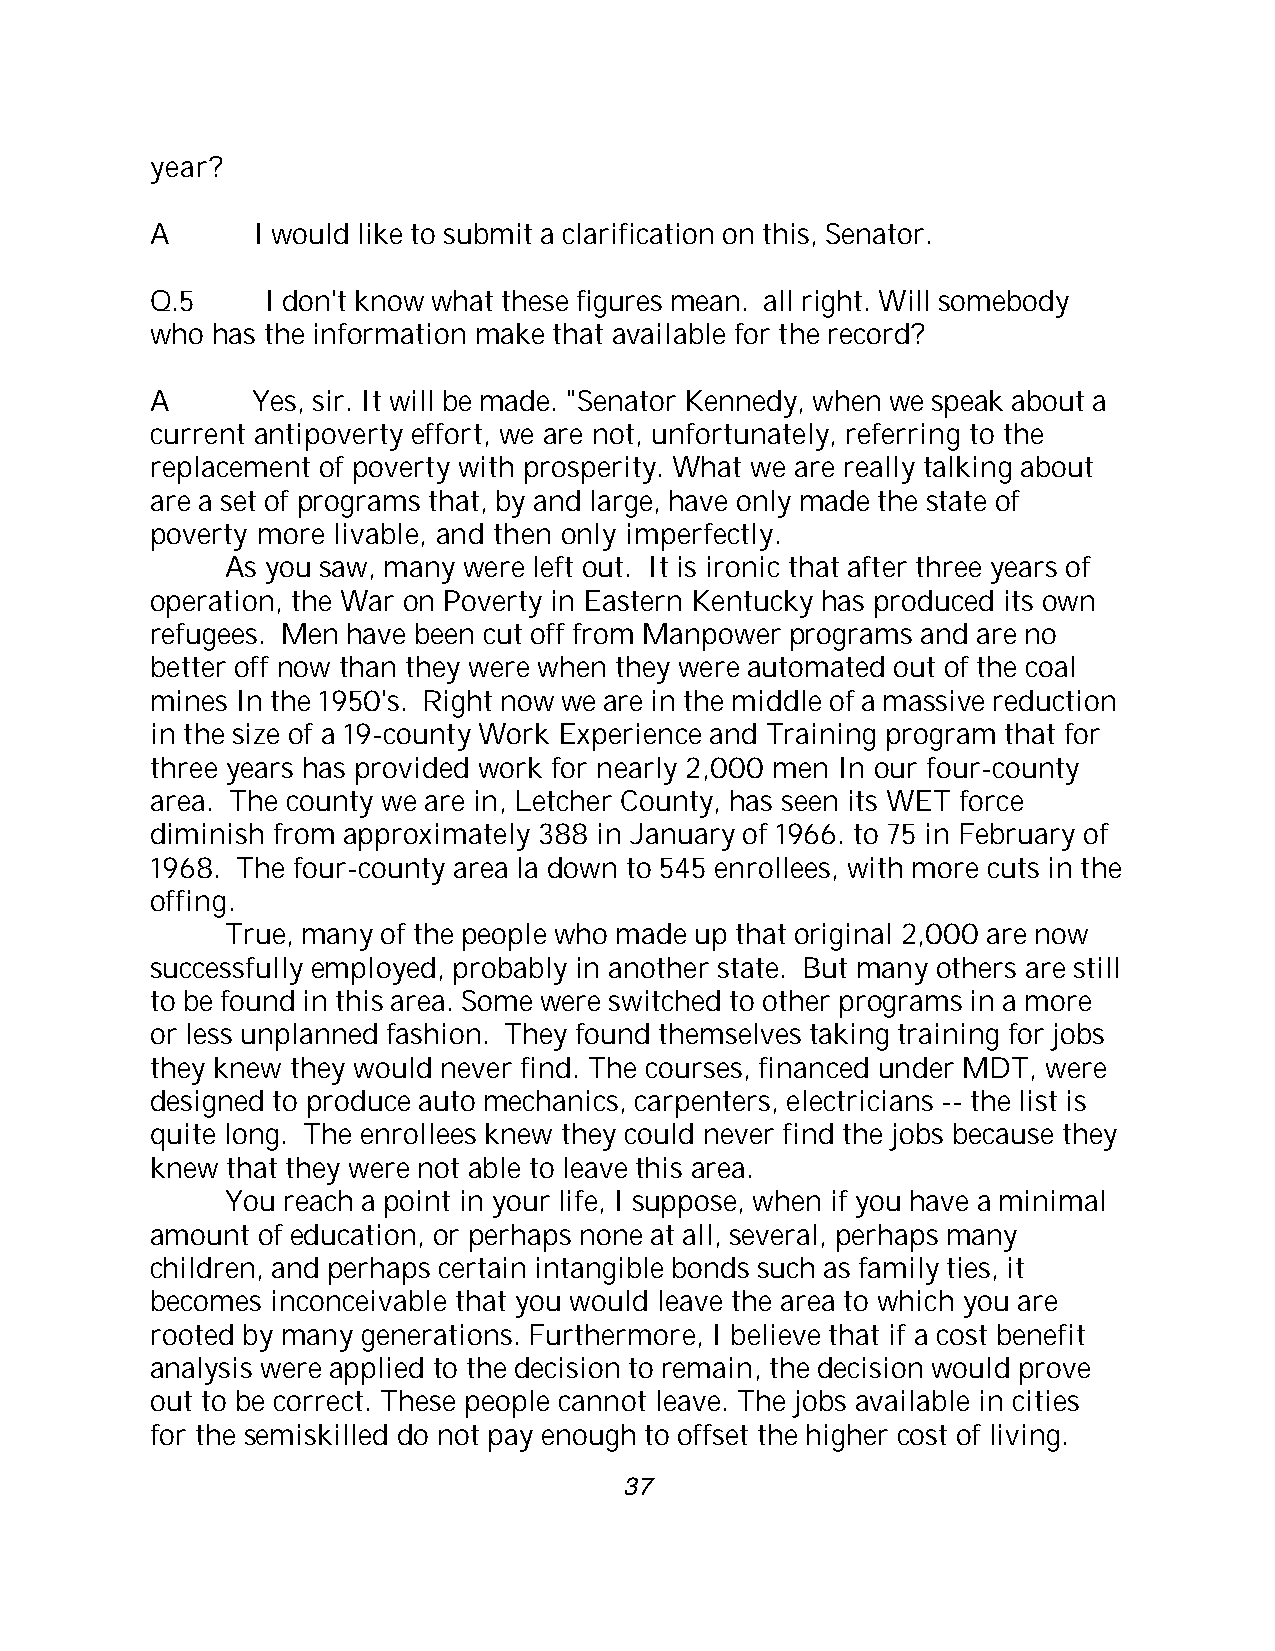
year?
 A      I would like to submit a clarification on this, Senator.
 Q.5    I don't know what these figures mean. all right. Will somebody
 who has the information make that available for the record?
 A      Yes, sir. It will be made. "Senator Kennedy, when we speak about a
 current antipoverty effort, we are not, unfortunately, referring to the
 replacement of poverty with prosperity. What we are really talking about
 are a set of programs that, by and large, have only made the state of
 poverty more livable, and then only imperfectly.
 As you saw, many were left out. It is ironic that after three years of
 operation, the War on Poverty in Eastern Kentucky has produced its own
 refugees. Men have been cut off from Manpower programs and are no
 better off now than they were when they were automated out of the coal
 mines In the 1950's. Right now we are in the middle of a massive reduction
 in the size of a 19-county Work Experience and Training program that for
 three years has provided work for nearly 2,000 men In our four-county
 area. The county we are in, Letcher County, has seen its WET force
 diminish from approximately 388 in January of 1966. to 75 in February of
 1968. The four-county area la down to 545 enrollees, with more cuts in the
 offing.
 True, many of the people who made up that original 2,000 are now
 successfully employed, probably in another state. But many others are still
 to be found in this area. Some were switched to other programs in a more
 or less unplanned fashion. They found themselves taking training for jobs
 they knew they would never find. The courses, financed under MDT, were
 designed to produce auto mechanics, carpenters, electricians -- the list is
 quite long. The enrollees knew they could never find the jobs because they
 knew that they were not able to leave this area.
 You reach a point in your life, I suppose, when if you have a minimal
 amount of education, or perhaps none at all, several, perhaps many
 children, and perhaps certain intangible bonds such as family ties, it
 becomes inconceivable that you would leave the area to which you are
 rooted by many generations. Furthermore, I believe that if a cost benefit
 analysis were applied to the decision to remain, the decision would prove
 out to be correct. These people cannot leave. The jobs available in cities
 for the semiskilled do not pay enough to offset the higher cost of living.
 37